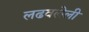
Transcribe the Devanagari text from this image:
लढवलेली